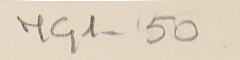
MG1-50